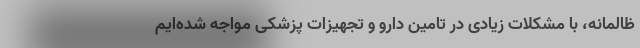
ظالمانه، با مشکلات زیادی در تامین دارو و تجهیزات پزشکی مواجه شده‌ایم